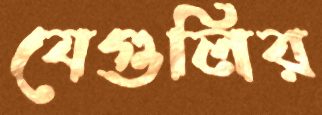
যেগুলির